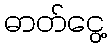
ဓာတ်ငွေ့